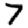
Digit: 7